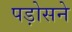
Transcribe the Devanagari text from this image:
पड़ोसने